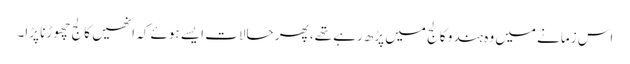
اس زمانے میں وہ ہندو کالج میں پڑھ رہے تھے، پھر حالات ایسے ہوئے کہ انھیں کالج چھوڑنا پڑا۔